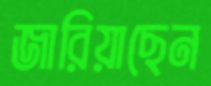
জারিয়াছেন